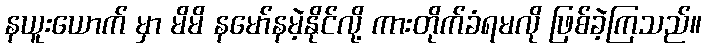
နယူးယောက် မှာ မိမိ နမော်နမဲ့နိုင်လို့ ကားတိုက်ခံရမလို ဖြစ်ခဲ့ကြသည်။